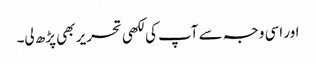
اور اسی وجہ سے آپ کی لکھی تحریر بھی پڑھ لی۔